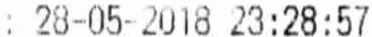
: 28-05-2018 23:28:57